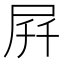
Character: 𫵚